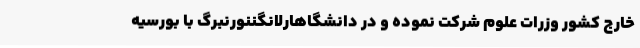
خارج کشور وزرات علوم شرکت نموده و در دانشگاهارلانگننورنبرگ با بورسیه